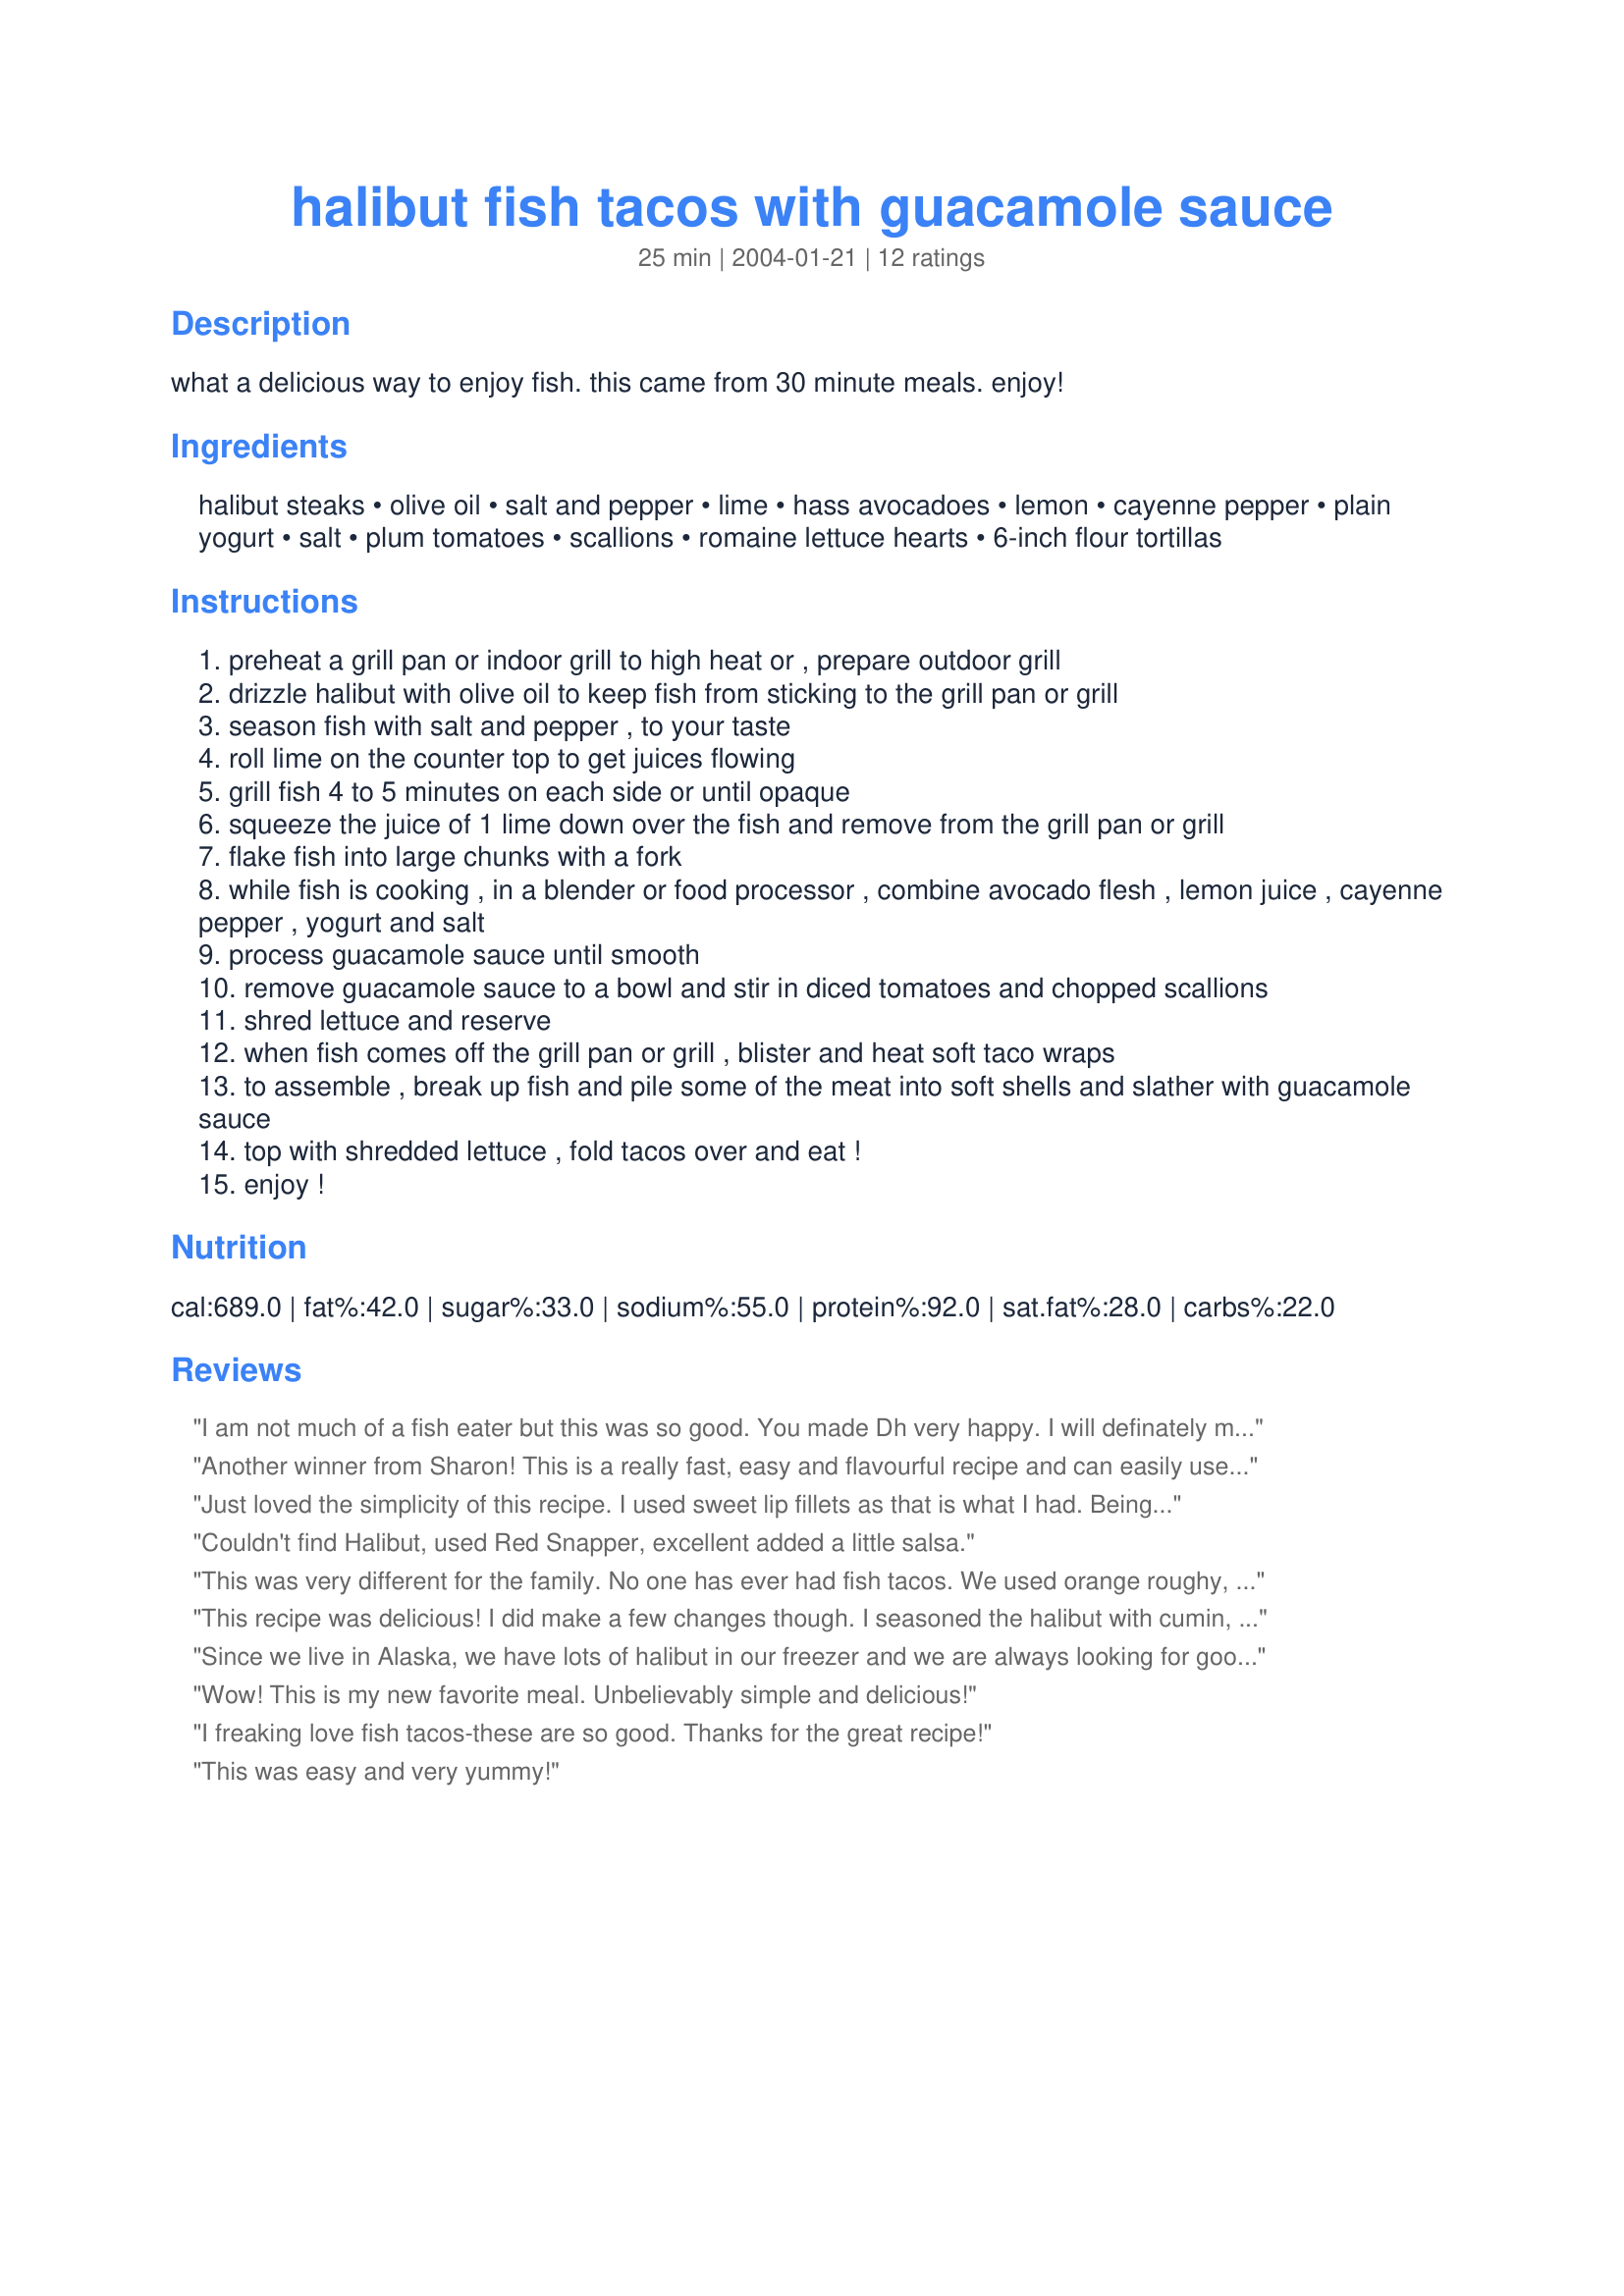
halibut fish tacos with guacamole sauce
Preparation time: 25 minutes

what a delicious way to enjoy fish. this came from 30 minute meals. enjoy!

Ingredients:
halibut steaks, olive oil, salt and pepper, lime, hass avocadoes, lemon, cayenne pepper, plain yogurt, salt, plum tomatoes, scallions, romaine lettuce hearts, 6-inch flour tortillas

Steps:
preheat a grill pan or indoor grill to high heat or , prepare outdoor grill
drizzle halibut with olive oil to keep fish from sticking to the grill pan or grill
season fish with salt and pepper , to your taste
roll lime on the counter top to get juices flowing
grill fish 4 to 5 minutes on each side or until opaque
squeeze the juice of 1 lime down over the fish and remove from the grill pan or grill
flake fish into large chunks with a fork
while fish is cooking , in a blender or food processor , combine avocado flesh , lemon juice , cayenne pepper , yogurt and salt
process guacamole sauce until smooth
remove guacamole sauce to a bowl and stir in diced tomatoes and chopped scallions
shred lettuce and reserve
when fish comes off the grill pan or grill , blister and heat soft taco wraps
to assemble , break up fish and pile some of the meat into soft shells and slather with guacamole sauce
top with shredded lettuce , fold tacos over and eat !
enjoy !

Reviews:
I am not much of a fish eater but this was so good. You made Dh very happy. I will definately make this again.
Lisa
Another winner from Sharon! This is a really fast, easy and flavourful recipe and can easily use any white fish. I followed widleyeris's excellent suggestion and seasoned the fish with cumin, chili pwd, garlic salt, pepper and Mrs. Dash spicy seasoning before grilling. For the guacomle mixture I used 3 small fresh jalepeno's finely chopped instead of cayenne pepper. Also, using greek style yogurt helped give it a heavier body. We used whole pita bread for added texture and support. Definitely will be a frequent meal from now on and can't wait to make it for our next backyard bbq with friends.
Just loved the simplicity of this recipe. I used sweet lip fillets as that is what I had. Being a person who prefers yoghurt over sour cream, it is the yoghurt that made it a winner for me. I will definately make this again and may try a little chopped cilantro in it as well next time.
Thanks Charon for such an easy tasty healthy type of recipe.
Couldn't find Halibut, used Red Snapper, excellent added a little salsa.
This was very different for the family. No one has ever had fish tacos. We used orange roughy, which is a little bland, so we jazzed it up with some of my homemade salsa. Thanks Sharon
This recipe was delicious! I did make a few changes though. I seasoned the halibut with cumin, chili powder, garlic powder and Mrs. Dash Spicy seasoning. This really made the fish sing! I didnâ€™t have yogurt, so I used sour cream for the guac. sauce, it worked just fine. I used lightly fried corn tortillas instead of flour, personal preference. Lastly, I sprinkled fresh cilantro on the tacos which really took the tacos to a next level. I will make this again and again! Good thing my dad is a commercial halibut fishermen so I get all the fish I want!
Since we live in Alaska, we have lots of halibut in our freezer and we are always looking for good halibut recipes. We both loved these halibut tacos! Any white fish would work. Only thing I did differently was I used a little cilantro in each taco. I even brought leftovers for lunch today....YUMMY!
Wow! This is my new favorite meal. Unbelievably simple and delicious!
I freaking love fish tacos-these are so good. Thanks for the great recipe!
This was easy and very yummy!
I made several changes to the recipe to reflect the ingredients I had on hand and personal tastes. I used tilapia filets and sprinkled them with a little ancho powder as well as the salt & pepper. I reduced the amount of sauce drastically by using 1 avacado. The guacamole sauce was a bit tart with both the lemon & yougurt, but it contrasted nicely with the fish. I cooked the fish on an indoor grill so the recipe was fast and made a great weeknight supper. Thank you for sharing your recipe! Reviewed for ZWT 3.
Halibut in Florida is very expensive so I used Orange Roughy which is a little bland. Next time, while cooking, I'll jazz it up with cilantro, and a pinch of chili and garlic powder. The yogurt guacamole had fantastic flavor but was a little runny (probably due to my error). Next time I'll use a little less yogurt and lemon juice and add more, as needed. This is a great recipe that we'll be making again!
